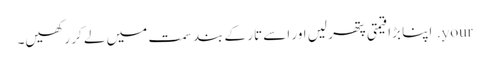
your. اپنا بڑا قیمتی پتھر لیں اور اسے تار کے بند سمت میں لے کر رکھیں۔